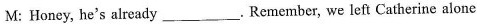
M: Honey, he's already ___. Remember, we left Catherine alone